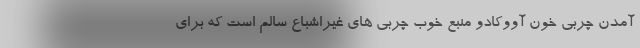
آمدن چربی خون آووکادو منبع خوب چربی های غیراشباع سالم است که برای